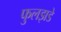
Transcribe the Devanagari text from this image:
फुलझडे